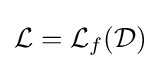
{\mathcal {L}}={\mathcal {L}}_{f}({\mathcal {D}})